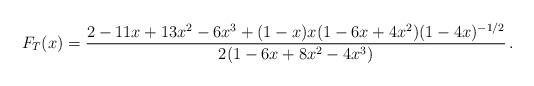
LaTeX: \begin{align*}F_T(x)=\frac{2 - 11 x + 13 x^2 - 6 x^3 + (1 - x) x (1 - 6 x + 4 x^2) (1 - 4 x)^{-1/2}}{2 (1 - 6 x + 8 x^2 - 4 x^3)}\, .\end{align*}